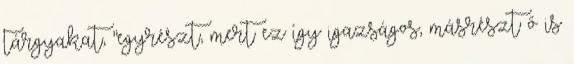
tárgyakat, "egyrészt, mert ez így igazságos, másrészt ő is